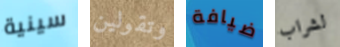
سينية وتقولين ضيافة لشراب